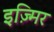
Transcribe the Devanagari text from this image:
इज़्मिर